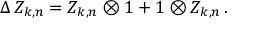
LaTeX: \Delta \, Z _ { k , n } = Z _ { k , n } \otimes 1 + 1 \otimes Z _ { k , n } \, .